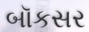
બૉકસર